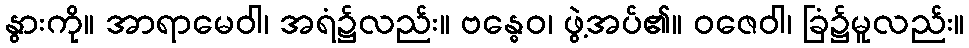
နွားကို။ အာရာမေဝါ၊ အရံ၌လည်း။ ဗန္ဓေဝ၊ ဖွဲ့အပ်၏။ ဝဇေဝါ၊ ခြံ၌မူလည်း။